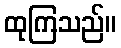
ထုကြသည်။